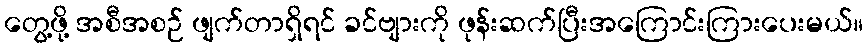
တွေ့ဖို့ အစီအစဉ် ဖျက်တာရှိရင် ခင်ဗျားကို ဖုန်းဆက်ပြီးအကြောင်းကြားပေးမယ်။